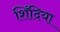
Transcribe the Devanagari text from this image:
शिंदिया